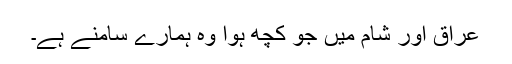
عراق اور شام میں جو کچھ ہوا وہ ہمارے سامنے ہے۔